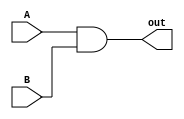
module and_gate(A, B, out);
    input A, B;
    output out;
    and(out, A, B);
endmodule

module or_gate(A,B,C, out);
    input A, B, C;
    output out;
    or(out, A, B, C);
endmodule